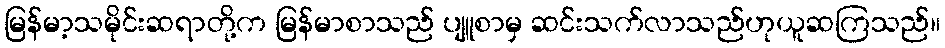
မြန်မာ့သမိုင်းဆရာတို့က မြန်မာစာသည် ပျူစာမှ ဆင်းသက်လာသည်ဟုယူဆကြသည်။